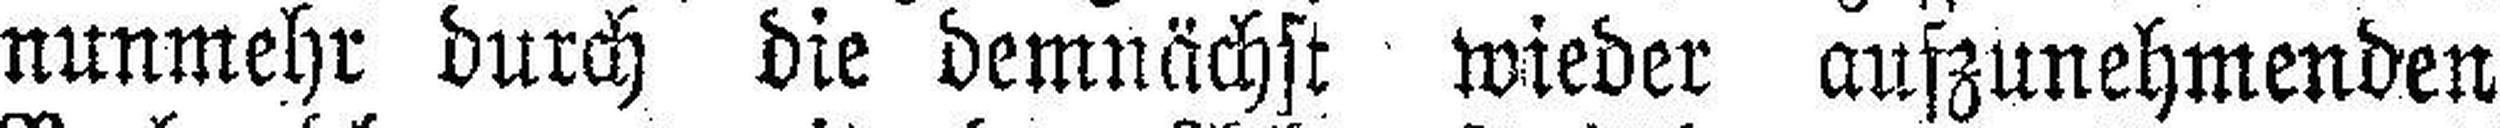
nunmehr durch die demnächst wieder aufzunehmenden